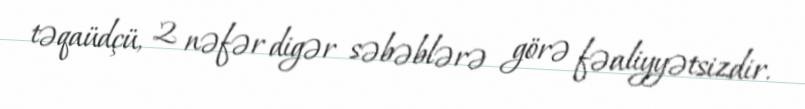
təqaüdçü, 2 nəfər digər səbəblərə görə fəaliyyətsizdir.